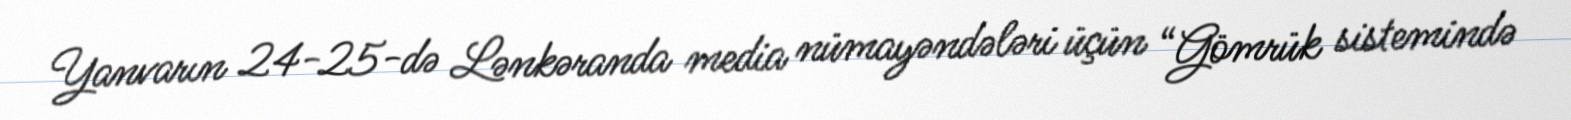
Yanvarın 24-25-də Lənkəranda media nümayəndələri üçün “Gömrük sistemində